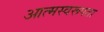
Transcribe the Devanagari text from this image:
आत्मस्वरूपता